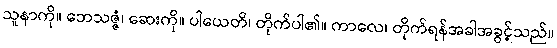
သူနာကို။ ဘေသဇ္ဇံ၊ ဆေးကို။ ပါယေတိ၊ တိုက်ပါ၏။ ကာလေ၊ တိုက်ရန်အခါအခွင့်သည်။